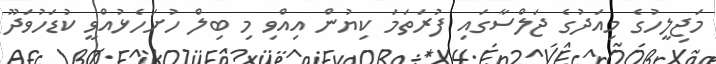
މަޖިލީހުގެ މިއަދުގެ ޖަލްސާގައި ފުރަތަމަ ކިޔުން އިއްވި މި ބިލް ހުށަހެޅުއްވީ ކުޑަހުވަދޫ